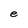
Character: e